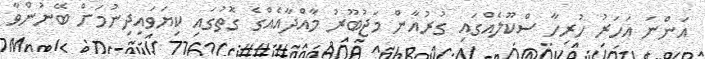
އަންނަ އަހަރު ހުރިހާ ސްކޫލެއްގައި ގުރުއާން މަޖުބޫރު މާއްދާއެއްގެ ގޮތުގައި ކިޔަވައިދިނުމަށް ބޭނުންވާ